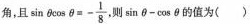
角，且$$\sin θ \cos θ = - \frac { 1 } { 8 }$$ 则$$\sin θ - \cos θ$$的值为( )